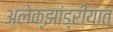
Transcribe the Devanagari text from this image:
अलेक्झांड्रीयात